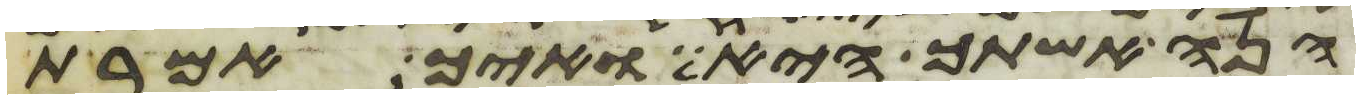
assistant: הנה אשתך היא ואיך אמרת